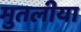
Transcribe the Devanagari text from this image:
मुतलीया